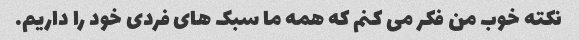
نکته خوب من فکر می کنم که همه ما سبک های فردی خود را داریم.